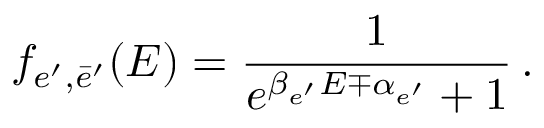
f _ { e ^ { \prime } , \bar { e } ^ { \prime } } ( { \cal E } ) = \frac { 1 } { e ^ { \beta _ { e ^ { \prime } } { \cal E } \mp \alpha _ { e ^ { \prime } } } + 1 } \, .